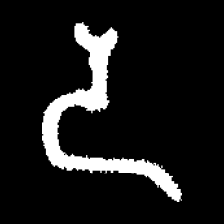
Pyu character \u2014 Myanmar letter: ဒ (romanized: da)